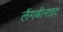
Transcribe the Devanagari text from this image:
लैंगबीनाइट